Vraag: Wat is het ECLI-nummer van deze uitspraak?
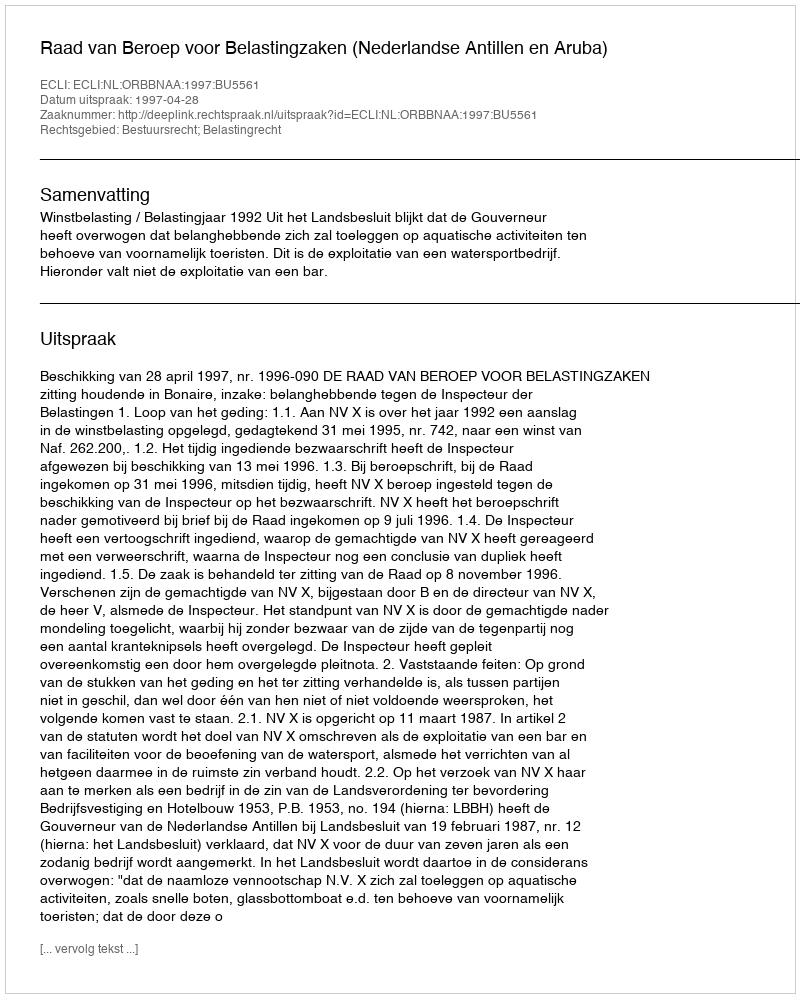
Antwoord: ECLI:NL:ORBBNAA:1997:BU5561